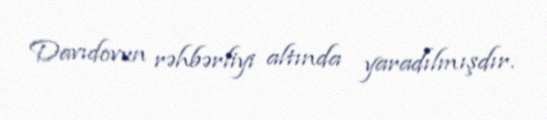
Davıdovun rəhbərliyi altında yaradılmışdır.